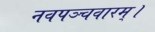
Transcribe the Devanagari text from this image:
नवपञ्चवारम्।